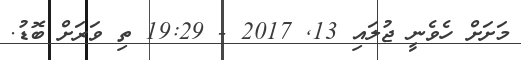
މަށަށް ހެވެނީ ޖުލައި 13